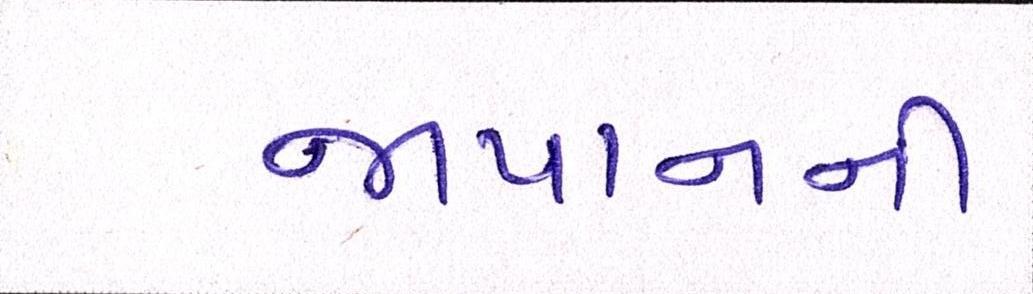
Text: જાપાનની